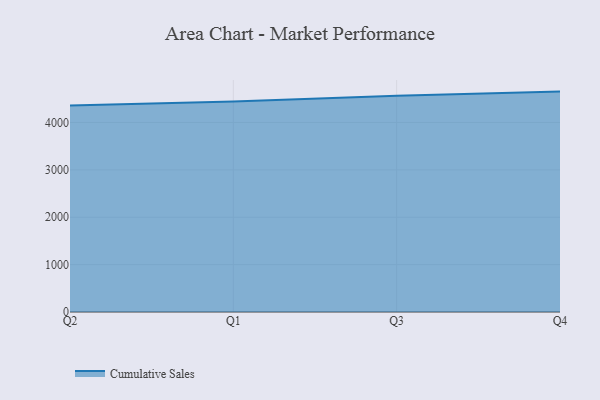
{"axis": {"x": "Quarter", "y": "Shipments"}, "legend": ["Cumulative Sales"], "data": [{"x": "Q2", "y": 4358.7, "type": "Cumulative Sales"}, {"x": "Q1", "y": 4444.0, "type": "Cumulative Sales"}, {"x": "Q3", "y": 4562.5, "type": "Cumulative Sales"}, {"x": "Q4", "y": 4651.7, "type": "Cumulative Sales"}]}